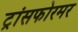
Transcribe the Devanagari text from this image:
ट्रांसफोरमर